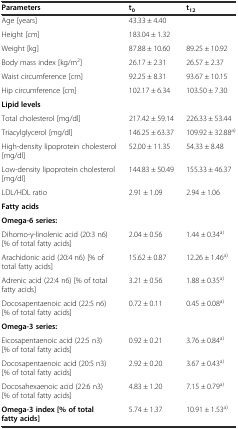
| Parameters | t0 | t12 |
 | --- | --- | --- |
 | Age [years] | 43.33 ± 4.40 |  |
 | Height [cm] | 183.04 ± 1.32 |  |
 | Weight [kg] | 87.88 ± 10.60 | 89.25 ± 10.92 |
 | Body mass index [kg/m2] | 26.17 ± 2.31 | 26.57 ± 2.37 |
 | Waist circumference [cm] | 92.25 ± 8.31 | 93.67 ± 10.15 |
 | Hip circumference [cm] | 102.17 ± 6.34 | 103.50 ± 7.30 |
 | Lipid levels |  |  |
 | Total cholesterol [mg/dl] | 217.42 ± 59.14 | 226.33 ± 53.44 |
 | Triacylglycerol [mg/dl] | 146.25 ± 63.37 | 109.92 ± 32.88a) |
 | High-density lipoprotein cholesterol [mg/dl] | 52.00 ± 11.35 | 54.33 ± 8.48 |
 | Low-density lipoprotein cholesterol [mg/dl] | 144.83 ± 50.49 | 155.33 ± 46.37 |
 | LDL/HDL ratio | 2.91 ± 1.09 | 2.94 ± 1.06 |
 | Fatty acids |  |  |
 | Omega-6 series: |  |  |
 | Dihomo-γ-linolenic acid (20:3 n6) [% of total fatty acids] | 2.04 ± 0.56 | 1.44 ± 0.34a) |
 | Arachidonic acid (20:4 n6) [% of total fatty acids] | 15.62 ± 0.87 | 12.26 ± 1.46a) |
 | Adrenic acid (22:4 n6) [% of total fatty acids] | 3.21 ± 0.56 | 1.88 ± 0.35a) |
 | Docosapentaenoic acid (22:5 n6) [% of total fatty acids] | 0.72 ± 0.11 | 0.45 ± 0.08a) |
 | Omega-3 series: |  |  |
 | Eicosapentaenoic acid (22:5 n3) [% of total fatty acids] | 0.92 ± 0.21 | 3.76 ± 0.84a) |
 | Docosapentaenoic acid (20:5 n3) [% of total fatty acids] | 2.92 ± 0.20 | 3.67 ± 0.43a) |
 | Docosahexaenoic acid (22:6 n3) [% of total fatty acids] | 4.83 ± 1.20 | 7.15 ± 0.79a) |
 | Omega-3 index [% of total fatty acids] | 5.74 ± 1.37 | 10.91 ± 1.53a) |